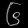
Digit: ၆